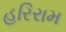
હરિરામ